18_100754_ General 1946-7_Vol_2
Agency: Department of War
Incident date: 12/30/47
Page 19
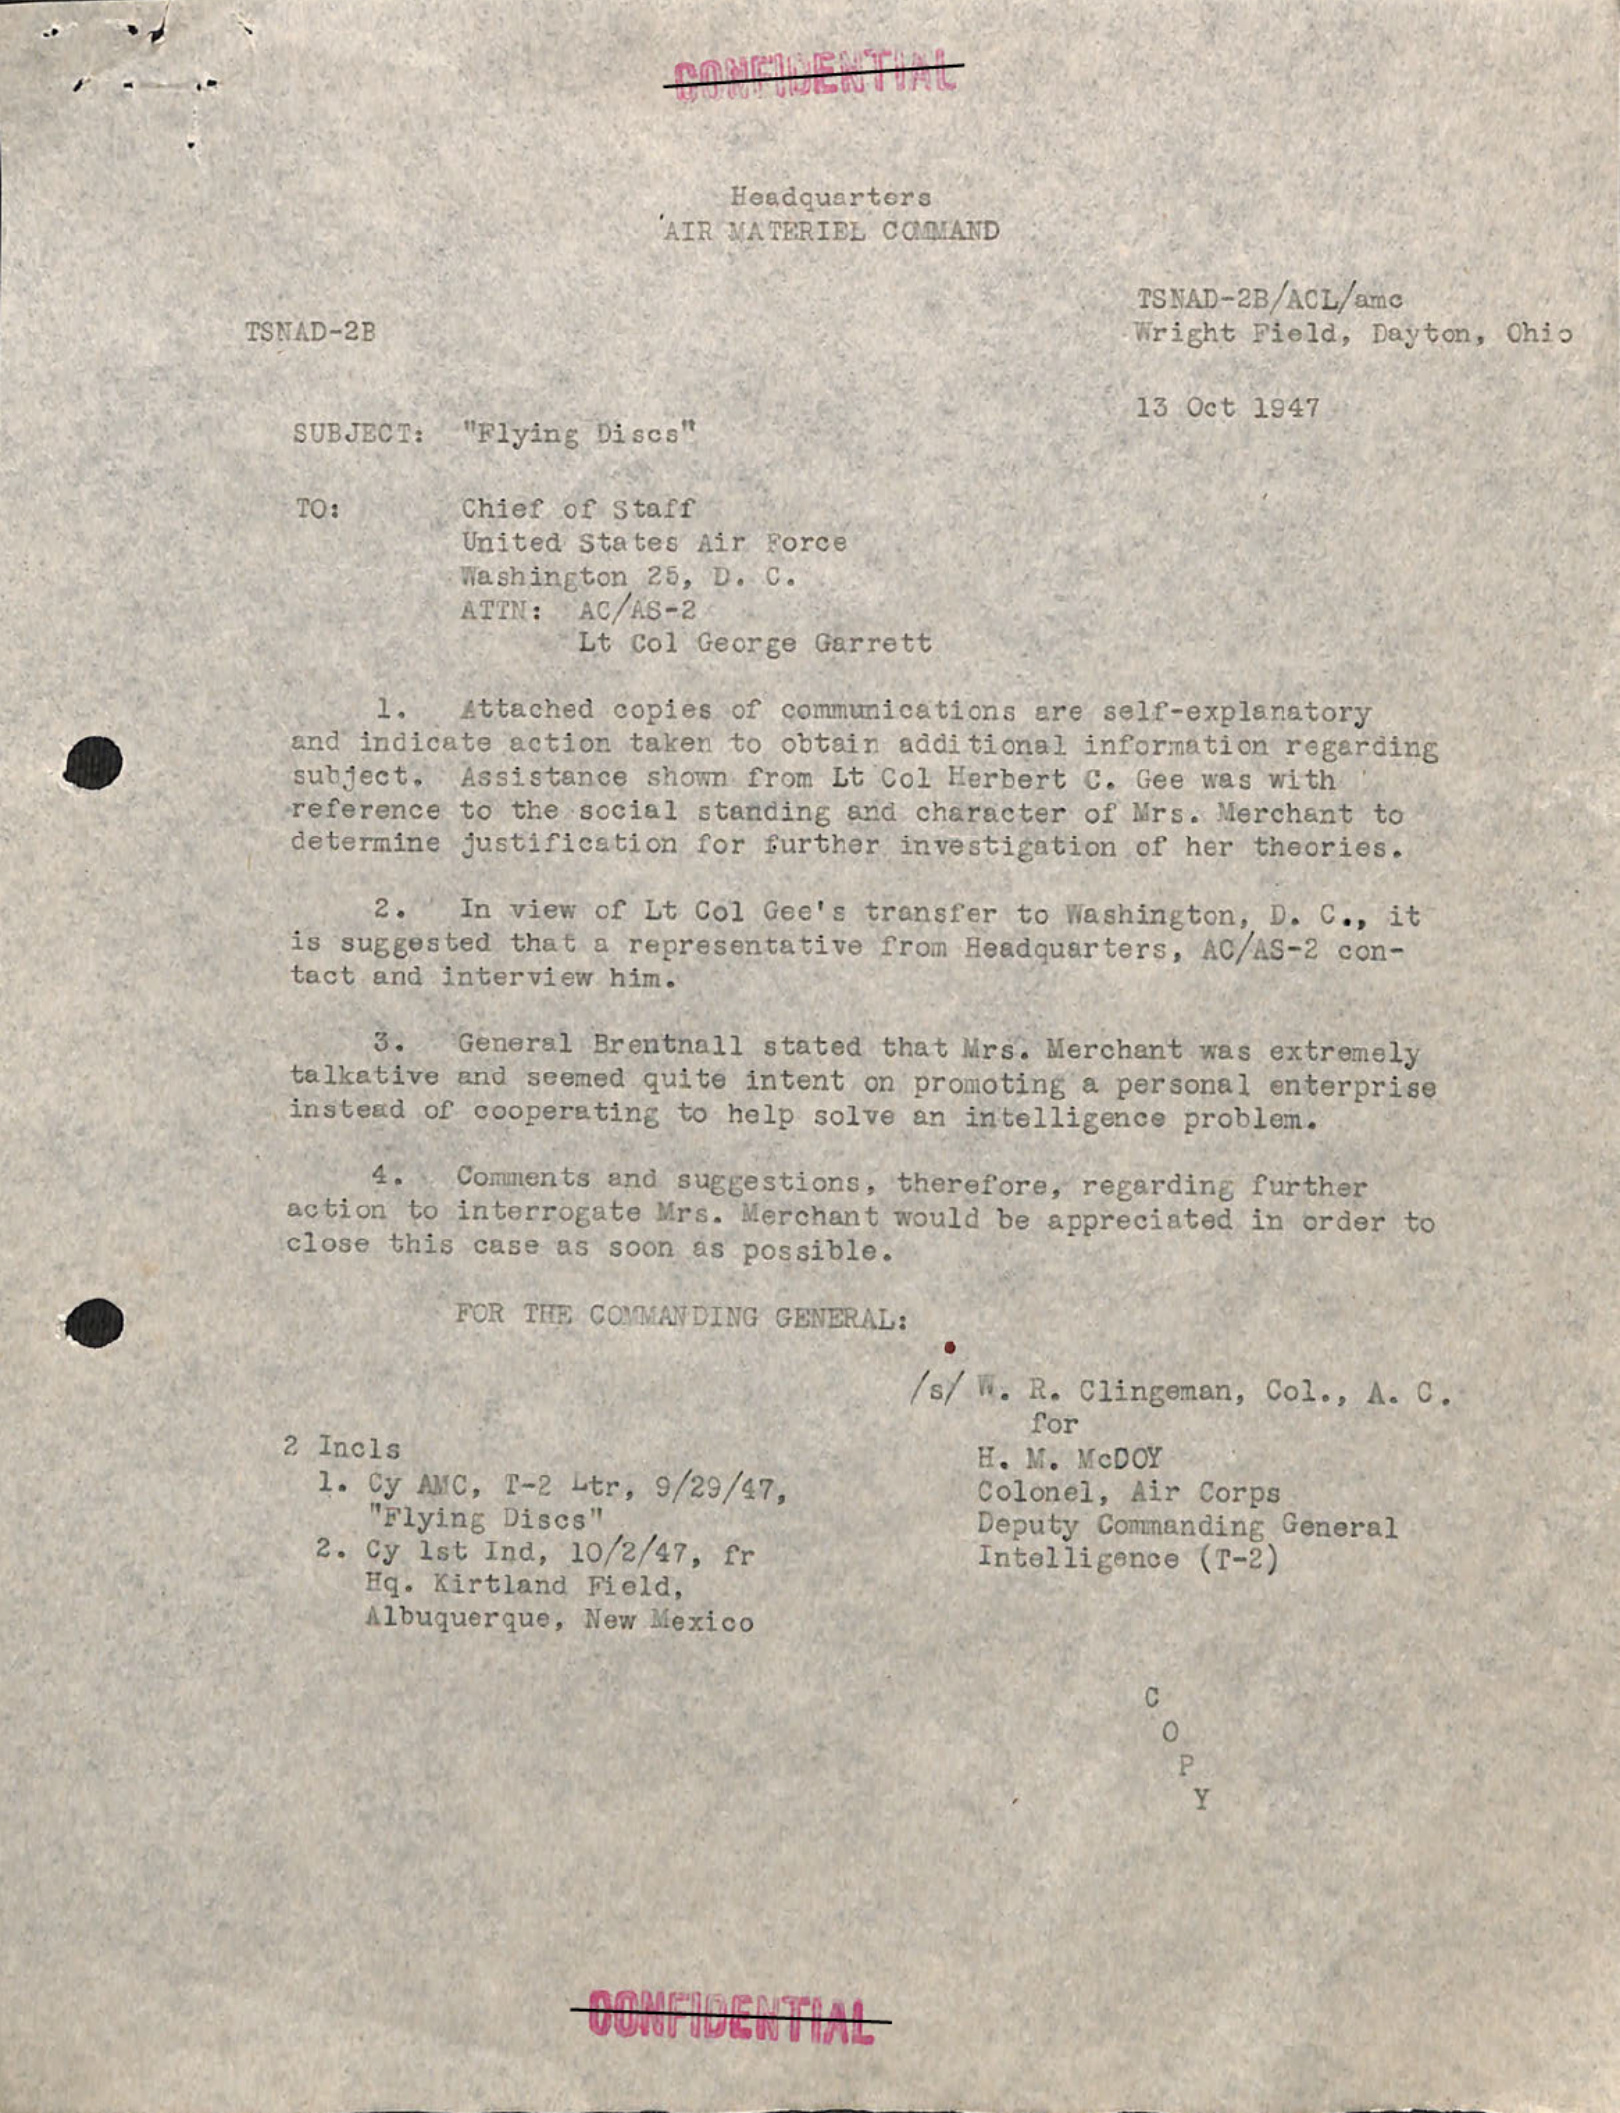